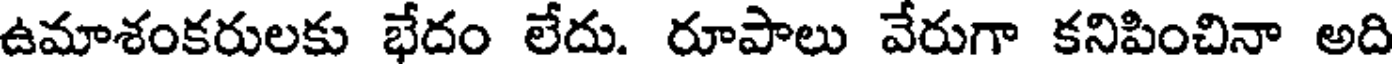
ఉమాశంకరులకు భేదం లేదు. రూపాలు వేరుగా కనిపించినా అది